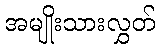
အမျိုးသားလွှတ်